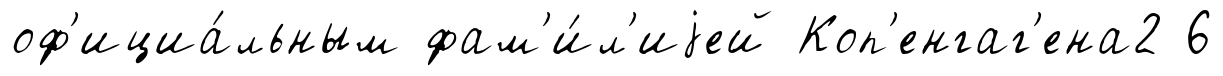
оф'ициа́льным фам'и́л'иjей Коп'енгаг'ена2 6